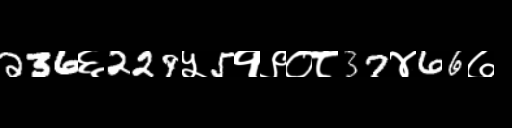
Text: 236६229५5१९०८37४66७